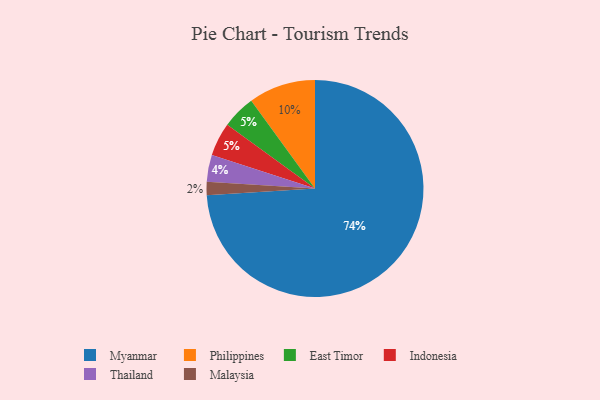
{"axis": {"x": "Category", "y": "Percentage"}, "legend": ["East Timor", "Indonesia", "Malaysia", "Myanmar", "Philippines", "Thailand"], "data": [{"x": "East Timor", "y": 5, "type": "East Timor"}, {"x": "Myanmar", "y": 74, "type": "Myanmar"}, {"x": "Indonesia", "y": 5, "type": "Indonesia"}, {"x": "Malaysia", "y": 2, "type": "Malaysia"}, {"x": "Philippines", "y": 10, "type": "Philippines"}, {"x": "Thailand", "y": 4, "type": "Thailand"}]}